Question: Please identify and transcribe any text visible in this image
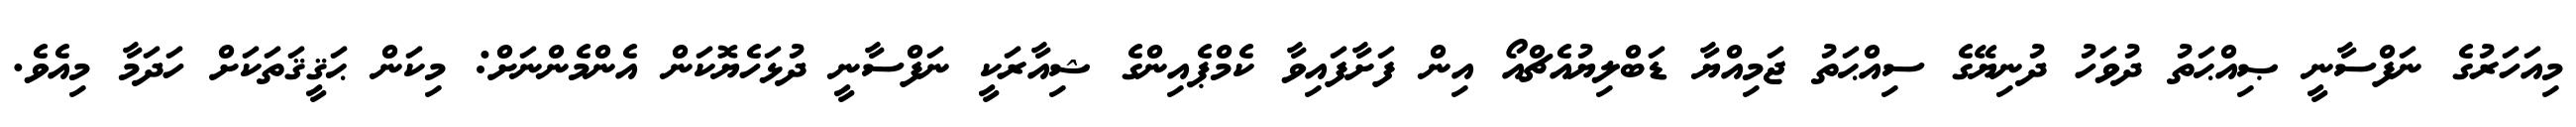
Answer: މިއަހަރުގެ ނަފްސާނީ ޞިއްޙަތު ދުވަހު ދުނިޔޭގެ ސިއްޙަތު ޖަމިއްޔާ ޑަބްލިޔުއެޗްއޯ އިން ފަށާފައިވާ ކެމްޕެއިންގެ ޝިއާރަކީ ނަފްސާނީ ދުޅަހެޔޮކަން އެންމެންނަށް: މިކަން ޙަޤީޤަތަކަށް ހަދަމާ މިއެވެ.